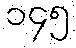
၁၄၅